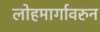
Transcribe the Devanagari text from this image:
लोहमार्गावरुन